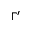
\Gamma ^ { \prime }